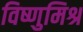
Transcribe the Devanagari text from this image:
विष्णुमिश्र